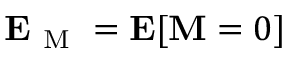
\boldsymbol { \mathbf { E } } _ { \mathrm { ~ M ~ } } = \boldsymbol { \mathbf { E } } [ \boldsymbol { \mathbf { M } } = 0 ]